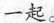
一起。